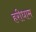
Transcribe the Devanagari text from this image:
हरीधाम